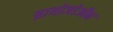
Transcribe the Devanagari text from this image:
ब्रायोजोऑन